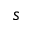
s